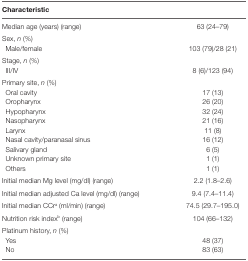
| Characteristic |  |
 | --- | --- |
 | Median age (years) (range) | 63 (24–79) |
 | Sex, n (%) |  |
 | Male/female | 103 (79)/28 (21) |
 | Stage, n (%) |  |
 | III/IV | 8 (6)/123 (94) |
 | Primary site, n (%) |  |
 | Oral cavity | 17 (13) |
 | Oropharynx | 26 (20) |
 | Hypopharynx | 32 (24) |
 | Nasopharynx | 21 (16) |
 | Larynx | 11 (8) |
 | Nasal cavity/paranasal sinus | 16 (12) |
 | Salivary gland | 6 (5) |
 | Unknown primary site | 1 (1) |
 | Others | 1 (1) |
 | Initial median Mg level (mg/dl) (range) | 2.2 (1.8–2.6) |
 | Initial median adjusted Ca level (mg/dl) (range) | 9.4 (7.4–11.4) |
 | Initial median CCra (ml/min) (range) | 74.5 (29.7–195.0) |
 | Nutrition risk indexb (range) | 104 (66–132) |
 | Platinum history, n (%) |  |
 | Yes | 48 (37) |
 | No | 83 (63) |